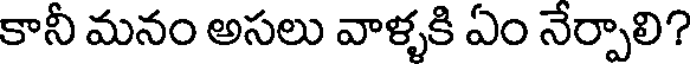
కానీ మనం అసలు వాళ్ళకి ఏం నేర్పాలి?